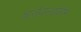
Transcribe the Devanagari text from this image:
श्वार्ज़वाल्डवेरीन